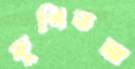
কুপিতমা